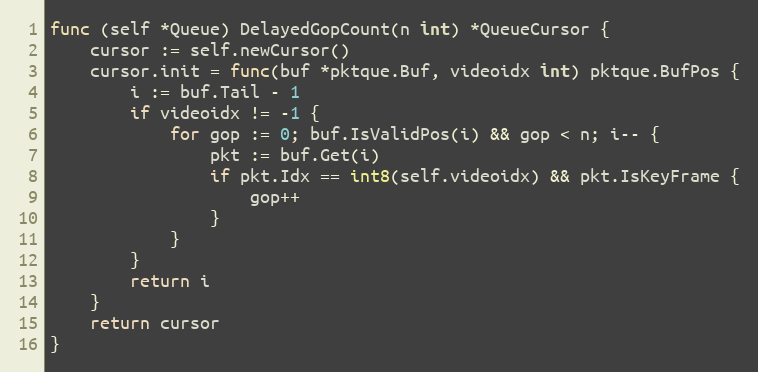
Language: Go
func (self *Queue) DelayedGopCount(n int) *QueueCursor {
	cursor := self.newCursor()
	cursor.init = func(buf *pktque.Buf, videoidx int) pktque.BufPos {
		i := buf.Tail - 1
		if videoidx != -1 {
			for gop := 0; buf.IsValidPos(i) && gop < n; i-- {
				pkt := buf.Get(i)
				if pkt.Idx == int8(self.videoidx) && pkt.IsKeyFrame {
					gop++
				}
			}
		}
		return i
	}
	return cursor
}